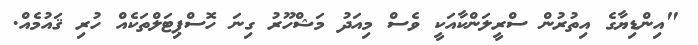
"އިންޑިޔާގެ އިތުރުން ސްރީލަންކާއަކީ ވެސް މިއަދު މަޝްހޫރު ގިނަ ހޮސްޕިޓަލްތަކެއް ހުރި ޤައުމެއް.